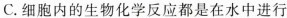
C.细胞内的生物化学反应都是在水中进行